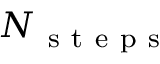
N _ { \mathrm { ~ s ~ t ~ e ~ p ~ s ~ } }